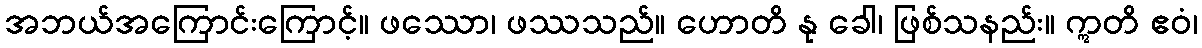
အဘယ်အကြောင်းကြောင့်။ ဖဿော၊ ဖဿသည်။ ဟောတိ နု ခေါ၊ ဖြစ်သနည်း။ ဣတိ ဧဝံ၊